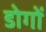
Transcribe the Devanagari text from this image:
डोगों